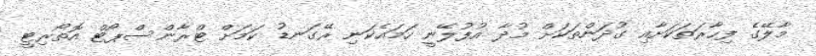
މާލޭގެ ފިހާރަތަކަށާއި ގުދަންތަކަށް މުދާ އުފުލޭނީ ހަމައެކަނި ރޭގަނޑު ކަމަށް ޓްރާންސްޕޯޓް އޮތޯރިޓީ